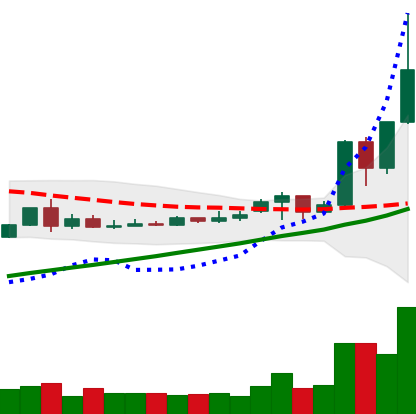
Ticker: TRX-USD
Chart end date: 2020-11-24
Forward return: -12.456%
Label: down_7plus